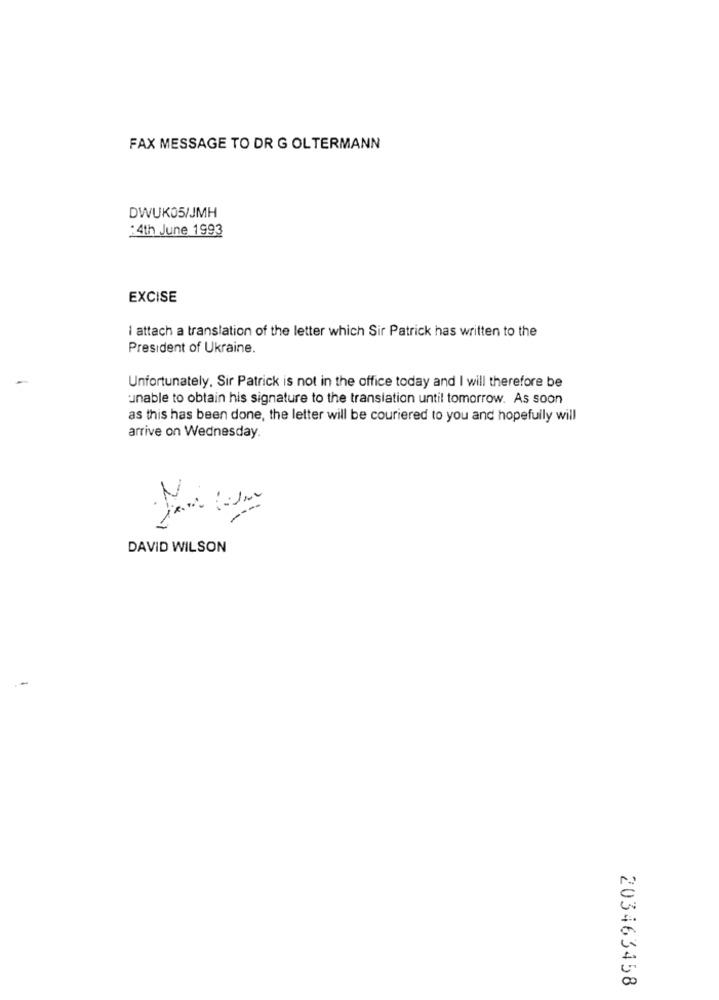
FAX MESSAGE TO DR G OLTERMANN
DWUK05/JMH
:4th June 1993
EXCISE
I attach a translation of the letter which Sir Patrick has written to the
President of Ukraine.
Unfortunately, Sir Patrick is not in the office today and I will therefore be
unable to obtain his signature to the translation until tomorrow. As soon
as this has been done, the letter will be couriered to you and hopefully will
arrive on Wednesday.
2
-
DAVID WILSON
203463458